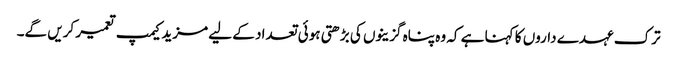
ترک عہدے داروں کا کہنا ہے کہ وہ پناہ گزینوں کی بڑھتی ہوئی تعداد کے لیے مزید کیمپ تعمیر کریں گے۔